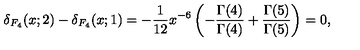
\delta _ { F _ { 4 } } ( x ; 2 ) - \delta _ { F _ { 4 } } ( x ; 1 ) = - { \frac { 1 } { 1 2 } } x ^ { - 6 } \left( - { \frac { \Gamma ( 4 ) } { \Gamma ( 4 ) } } + { \frac { \Gamma ( 5 ) } { \Gamma ( 5 ) } } \right) = 0 ,